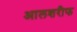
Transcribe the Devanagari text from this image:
आलशरीफ